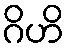
ဂိဟိ